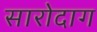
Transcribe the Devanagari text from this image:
सारोदाग